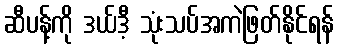
ဆီပန့်ကို ဒယ်ဒီ့ သုံးသပ်အကဲဖြတ်နိုင်ရန်